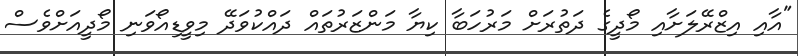
"އާއި އިޒްރޭލަށާއި މޯދީގެ ދަތުރަށް މަރުހަބާ ކިޔާ މަންޒަރުތައް ދައްކުވަދޭ މިވީޑިއޯވަނި މޯދީއަށްވެސް